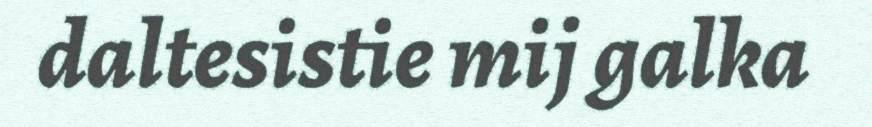
daltesistie mij galka